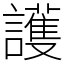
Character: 護